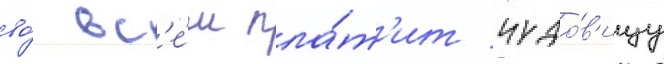
во́ вс'е́м пла́т'ит чудо́в'ищу